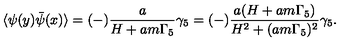
\langle \psi ( y ) \bar { \psi } ( x ) \rangle = ( - ) \frac { a } { H + a m \Gamma _ { 5 } } \gamma _ { 5 } = ( - ) \frac { a ( H + a m \Gamma _ { 5 } ) } { H ^ { 2 } + ( a m \Gamma _ { 5 } ) ^ { 2 } } \gamma _ { 5 } .